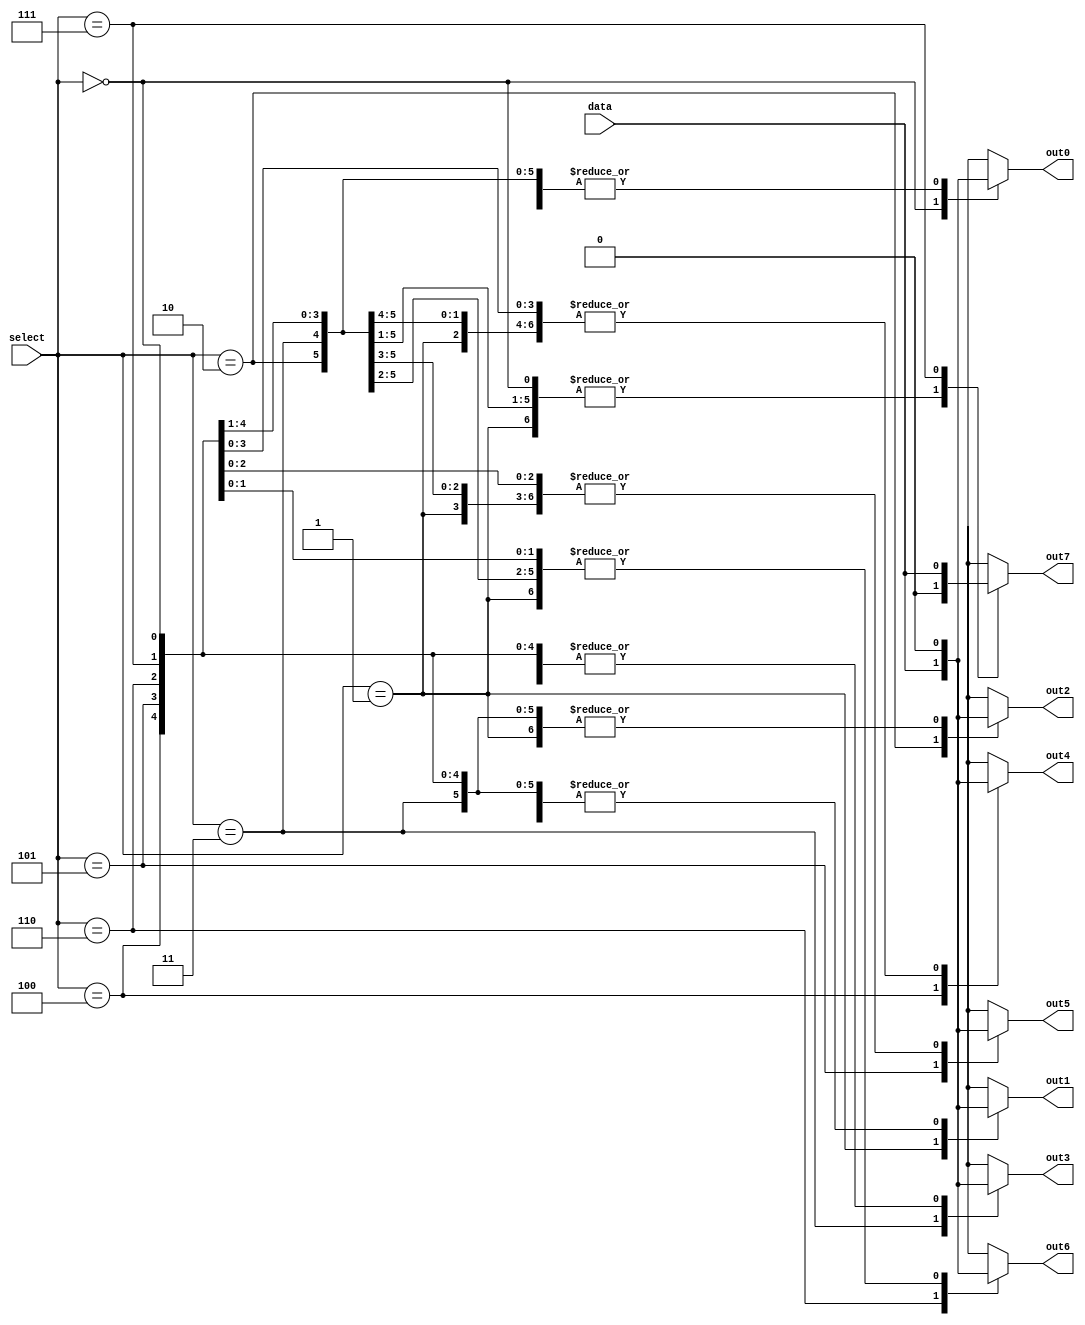
module demux_1to8 (
    input wire data,
    input wire [2:0] select,
    output reg out0,
    output reg out1,
    output reg out2,
    output reg out3,
    output reg out4,
    output reg out5,
    output reg out6,
    output reg out7
);

always @(*) begin
    case (select)
        3'b000: begin
            out0 = data;
            out1 = 0;
            out2 = 0;
            out3 = 0;
            out4 = 0;
            out5 = 0;
            out6 = 0;
            out7 = 0;
        end
        3'b001: begin
            out0 = 0;
            out1 = data;
            out2 = 0;
            out3 = 0;
            out4 = 0;
            out5 = 0;
            out6 = 0;
            out7 = 0;
        end
        3'b010: begin
            out0 = 0;
            out1 = 0;
            out2 = data;
            out3 = 0;
            out4 = 0;
            out5 = 0;
            out6 = 0;
            out7 = 0;
        end
        3'b011: begin
            out0 = 0;
            out1 = 0;
            out2 = 0;
            out3 = data;
            out4 = 0;
            out5 = 0;
            out6 = 0;
            out7 = 0;
        end
        3'b100: begin
            out0 = 0;
            out1 = 0;
            out2 = 0;
            out3 = 0;
            out4 = data;
            out5 = 0;
            out6 = 0;
            out7 = 0;
        end
        3'b101: begin
            out0 = 0;
            out1 = 0;
            out2 = 0;
            out3 = 0;
            out4 = 0;
            out5 = data;
            out6 = 0;
            out7 = 0;
        end
        3'b110: begin
            out0 = 0;
            out1 = 0;
            out2 = 0;
            out3 = 0;
            out4 = 0;
            out5 = 0;
            out6 = data;
            out7 = 0;
        end
        3'b111: begin
            out0 = 0;
            out1 = 0;
            out2 = 0;
            out3 = 0;
            out4 = 0;
            out5 = 0;
            out6 = 0;
            out7 = data;
        end
    endcase
end

endmodule